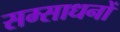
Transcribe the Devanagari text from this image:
सम्साधनों